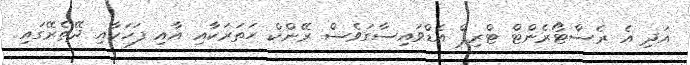
އަދި އެ ރެސްޓޯރެންޓް ޓްރިޕް އެޑްވައިސާގަވެސް ރޭންކް ހަތަރަކާއި އާއި ފަހަކާއި ދޭތެރޭގައި